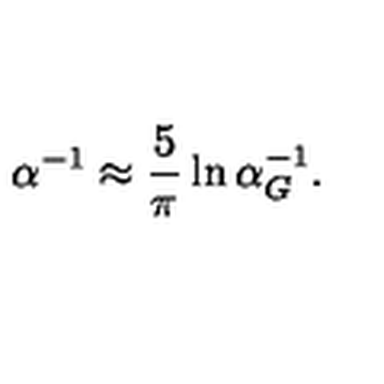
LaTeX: \alpha ^ { - 1 } \approx { \frac { 5 } { \pi } } \ln { \alpha _ { G } ^ { - 1 } } .